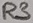
Text: R3